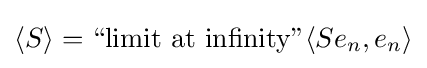
\langle S\rangle ={\text{``limit at infinity''}}\langle Se_{n},e_{n}\rangle